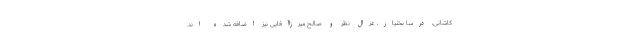
کاشانى، درسا بختیار، غزال نظر و صالح میرزاآقایى نیز اضافه شده اند.